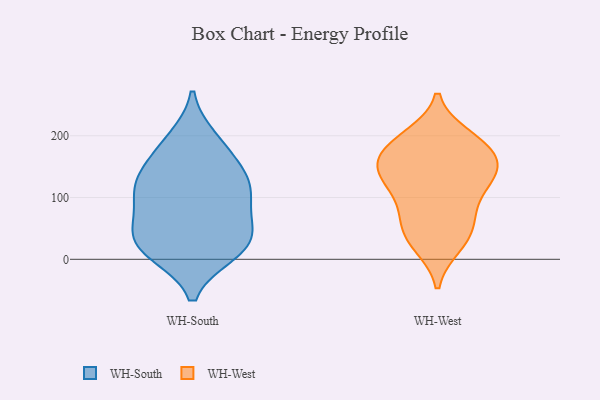
{"axis": {"x": "Page Views", "y": "Value"}, "legend": ["WH-South", "WH-West"], "data": [{"x": "", "y": 111, "type": "WH-South"}, {"x": "", "y": 96, "type": "WH-South"}, {"x": "", "y": 155, "type": "WH-South"}, {"x": "", "y": 115, "type": "WH-South"}, {"x": "", "y": 42, "type": "WH-South"}, {"x": "", "y": 15, "type": "WH-South"}, {"x": "", "y": 125, "type": "WH-South"}, {"x": "", "y": 31, "type": "WH-South"}, {"x": "", "y": 10, "type": "WH-South"}, {"x": "", "y": 13, "type": "WH-South"}, {"x": "", "y": 67, "type": "WH-South"}, {"x": "", "y": 50, "type": "WH-South"}, {"x": "", "y": 195, "type": "WH-South"}, {"x": "", "y": 184, "type": "WH-South"}, {"x": "", "y": 132, "type": "WH-South"}, {"x": "", "y": 119, "type": "WH-West"}, {"x": "", "y": 198, "type": "WH-West"}, {"x": "", "y": 72, "type": "WH-West"}, {"x": "", "y": 162, "type": "WH-West"}, {"x": "", "y": 193, "type": "WH-West"}, {"x": "", "y": 28, "type": "WH-West"}, {"x": "", "y": 23, "type": "WH-West"}, {"x": "", "y": 182, "type": "WH-West"}, {"x": "", "y": 92, "type": "WH-West"}, {"x": "", "y": 60, "type": "WH-West"}, {"x": "", "y": 133, "type": "WH-West"}, {"x": "", "y": 154, "type": "WH-West"}, {"x": "", "y": 148, "type": "WH-West"}, {"x": "", "y": 145, "type": "WH-West"}, {"x": "", "y": 184, "type": "WH-West"}, {"x": "", "y": 125, "type": "WH-West"}, {"x": "", "y": 44, "type": "WH-West"}]}